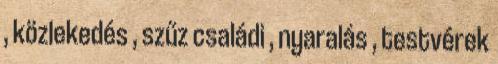
, közlekedés , szűz családi , nyaralás , testvérek